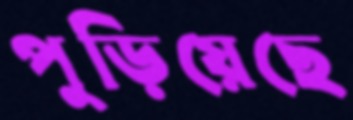
পুড়িয়েছে